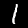
Digit: 1